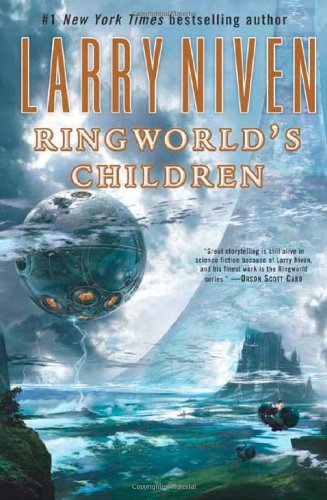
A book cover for Ringworld's Children; Larry Niven; Science Fiction & Fantasy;